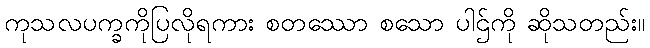
ကုသလပက္ခကိုပြလိုရကား စတဿော စသော ပါဌ်ကို ဆိုသတည်း။